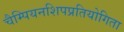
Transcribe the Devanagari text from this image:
चैम्पियनशिपप्रतियोगिता